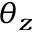
\theta _ { z }